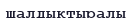
шалдықтыралы